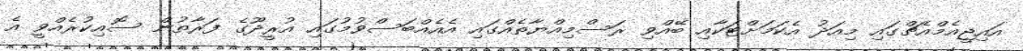
އައިޖީއެމްއެޗްގައި މިއަދު އެކަމަށްޓަކާއި ބޭއްވި ރަސްމިއްޔާތެއްގައި އެއެއްބަސްވުމުގައި އުރީދޫގެ ފަރާތުން ސޮއިކުރެއްވީ އެ